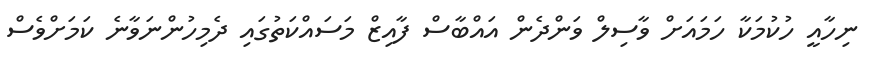
ނިހާއީ ހުކުމަކާ ހަމައަށް ވާސިލް ވަންދެން އައްބާސް ފާއިޒް މަސައްކަތުގައި ދެމިހުންނަވާނެ ކަމަށްވެސް